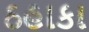
ઠહાકા